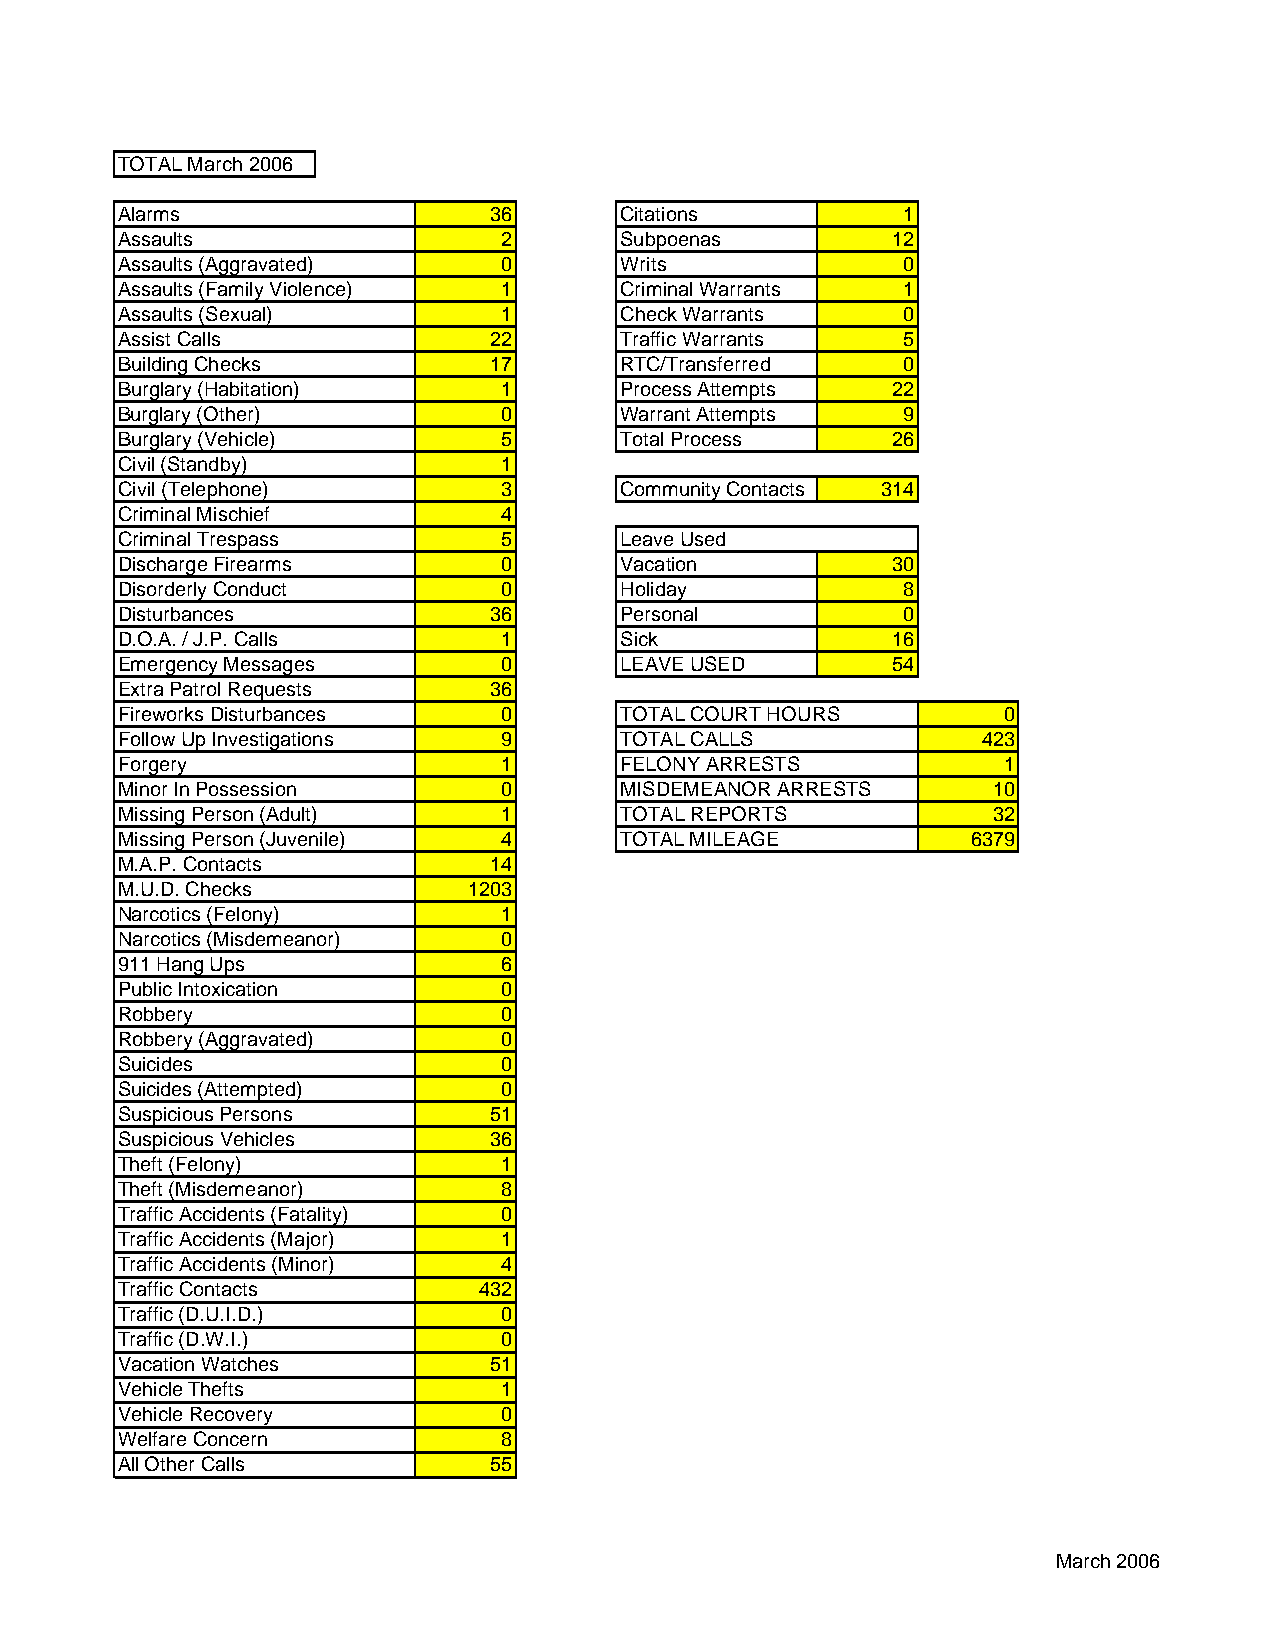
TOTAL March 2006
 Alarms                  36       Citations          1
 Assaults                 2       Subpoenas         12
 Assaults (Aggravated)    0       Writs              0
 Assaults (Family Violence) 1     Criminal Warrants  1
 Assaults (Sexual)        1       Check Warrants     0
 Assist Calls            22       Traffic Warrants   5
 Building Checks         17       RTC/Transferred    0
 Burglary (Habitation)    1       Process Attempts  22
 Burglary (Other)         0       Warrant Attempts   9
 Burglary (Vehicle)       5       Total Process     26
 Civil (Standby)          1
 Civil (Telephone)        3       Community Contacts 314
 Criminal Mischief        4
 Criminal Trespass        5       Leave Used
 Discharge Firearms       0       Vacation          30
 Disorderly Conduct       0       Holiday            8
 Disturbances            36       Personal           0
 D.O.A. / J.P. Calls      1       Sick              16
 Emergency Messages       0       LEAVE USED        54
 Extra Patrol Requests   36
 Fireworks Disturbances   0       TOTAL COURT HOURS        0
 Follow Up Investigations 9       TOTAL CALLS             423
 Forgery                  1       FELONY ARRESTS           1
 Minor In Possession      0       MISDEMEANOR ARRESTS      10
 Missing Person (Adult)   1       TOTAL REPORTS            32
 Missing Person (Juvenile) 4      TOTAL MILEAGE          6379
 M.A.P. Contacts         14
 M.U.D. Checks          1203
 Narcotics (Felony)       1
 Narcotics (Misdemeanor)  0
 911 Hang Ups             6
 Public Intoxication      0
 Robbery                  0
 Robbery (Aggravated)     0
 Suicides                 0
 Suicides (Attempted)     0
 Suspicious Persons      51
 Suspicious Vehicles     36
 Theft (Felony)           1
 Theft (Misdemeanor)      8
 Traffic Accidents (Fatality) 0
 Traffic Accidents (Major) 1
 Traffic Accidents (Minor) 4
 Traffic Contacts        432
 Traffic (D.U.I.D.)       0
 Traffic (D.W.I.)         0
 Vacation Watches        51
 Vehicle Thefts           1
 Vehicle Recovery         0
 Welfare Concern          8
 All Other Calls         55
 March 2006